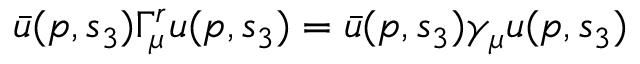
\bar { u } ( p , s _ { 3 } ) \Gamma _ { \mu } ^ { r } u ( p , s _ { 3 } ) = \bar { u } ( p , s _ { 3 } ) \gamma _ { \mu } u ( p , s _ { 3 } )